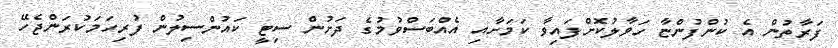
ފަރާތުން އެ ކުންފުންޏާ ހަވާލުކޮށްފައިވާ ކަމަށާއި އެއްބަސްވުމުގެ ދަށުން ސިޓީ ކައުންސިލުން ފުރިހަމަކުރަންޖެހޭ